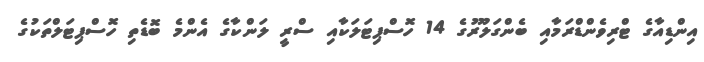
އިންޑިއާގެ ޓްރިވެންޑްރަމާއި ބެންގަލޫރުގެ 14 ހޮސްޕިޓަލަކާއި ސްރީ ލަންކާގެ އެންމެ ބޮޑެތި ހޮސްޕިޓަލްތަކުގެ